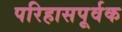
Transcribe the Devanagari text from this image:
परिहासपूर्वक